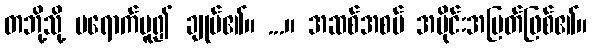
တဘို့သို့ မရောက်မူ၍ ချုပ်၏။ ...။ အဆစ်အစပ် အပိုင်းအပြတ်ဖြစ်၏။